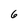
Character: 6